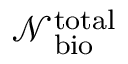
\mathcal { N } _ { \mathrm { b i o } } ^ { \mathrm { t o t a l } }